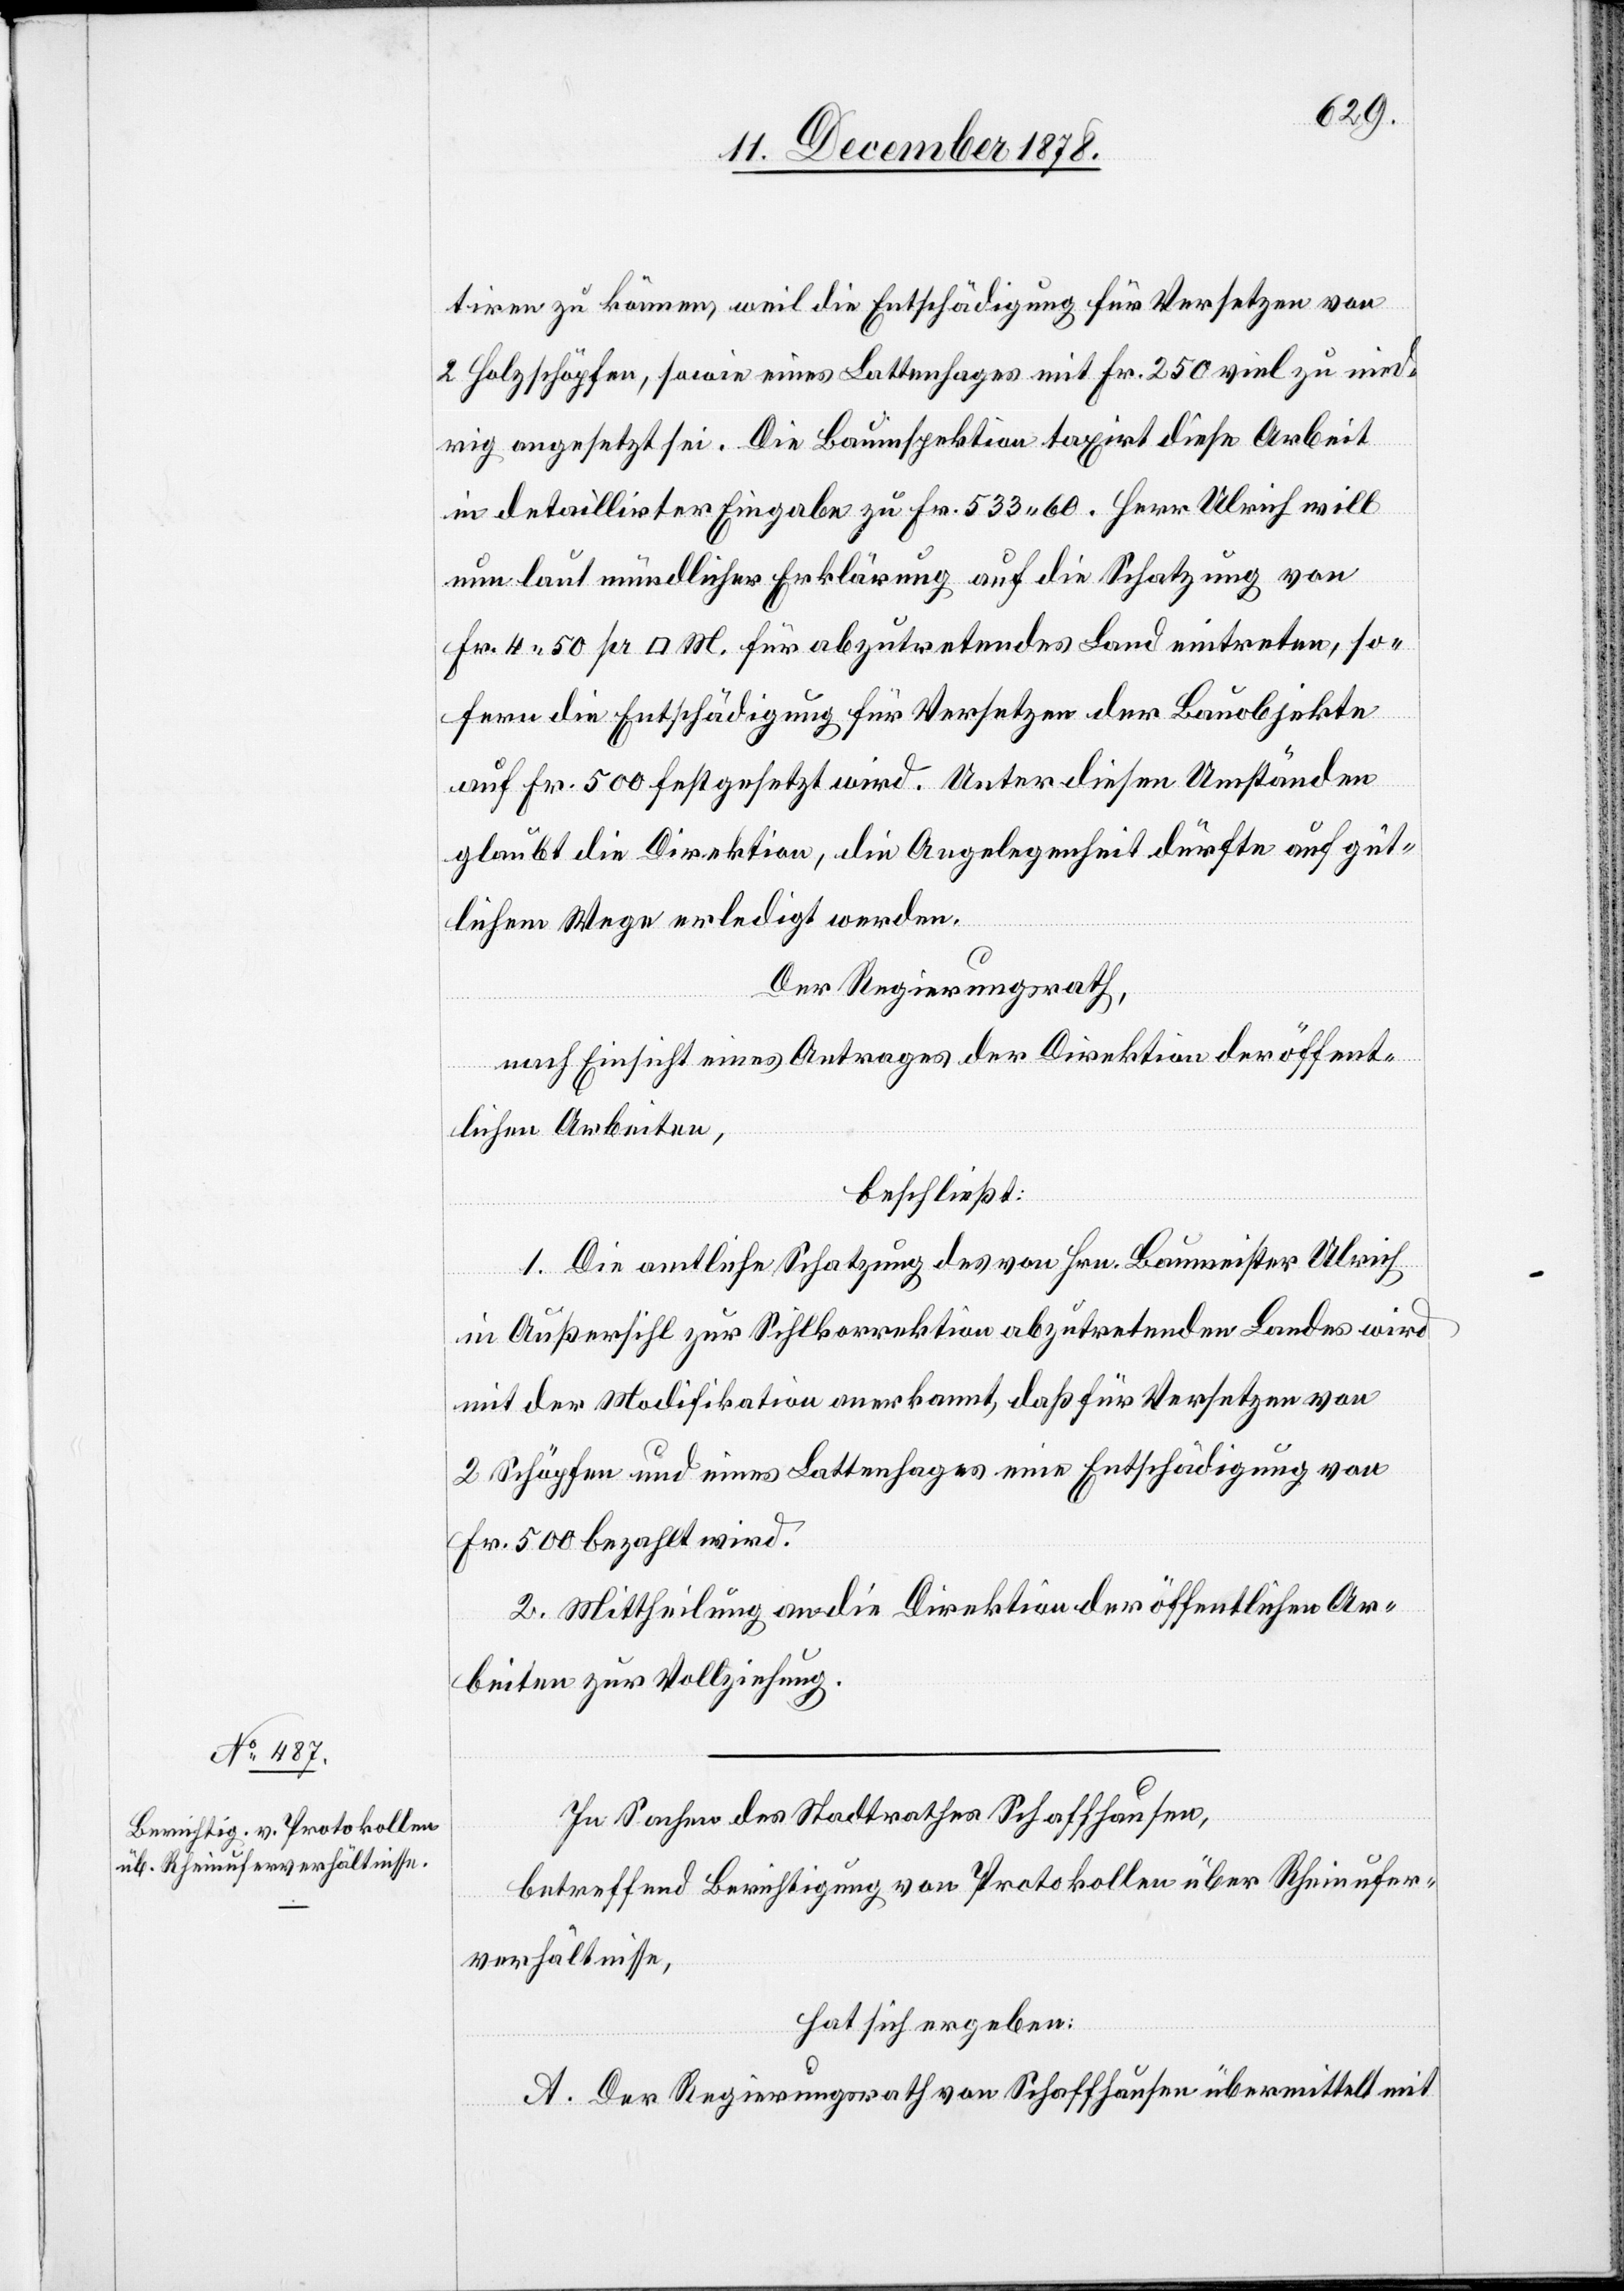
tiren zu können, weil die Entschädigung für Versetzen von
2 Holzschöpfen, sowie eines Lattenhages mit Fr. 250 viel zu nied¬
rig angesetzt sei. Die Bauinspektion taxirt diese Arbeit
in detaillirter Eingabe zu Fr. 533 60. Herr Ulrich will
nun laut mündlicher Erklärung auf die Schatzung von
Fr. 4 50 pr. [Quadrat] M. für abzutretendes Land eintreten, so¬
fern die Entschädigung für Versetzen der Bauobjekte
auf Fr. 500 festgesetzt wird. Unter diesen Umständen
glaubt die Direktion, die Angelegenheit dürfte auf güt¬
lichem Wege erledigt werden.
Der Regierungsrath,
nach Einsicht eines Antrages der Direktion der öffent¬
lichen Arbeiten,
beschließt:
1. Die amtliche Schatzung des von Hrn. Baumeister Ulrich
in Außersihl zur Sihlkorrektion abzutretenden Landes wird
mit der Modifikation anerkannt, daß für Versetzen von
2 Schöpfen und eines Lattenhages eine Entschädigung von
Fr. 500 bezahlt wird.
2. Mittheilung an die Direktion der öffentlichen Ar¬
beiten zur Vollziehung.
In Sachen des Stadtrathes Schaffhausen,
betreffend Berichtigung von Protokollen über Rheinufer¬
verhältnisse,
hat sich ergeben:
A. Der Regierungsrath von Schaffhausen übermittelt mit